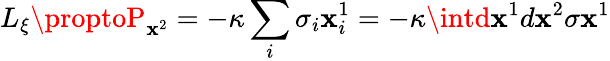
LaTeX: L_{\xi}\proptoP_{\mathbf{x}^{2}}=-\kappa\sum_{i}\sigma_{i}\mathbf{x}_{i}^{1}=-\kappa\intd\mathbf{x}^{1}d\mathbf{x}^{2}\sigma\mathbf{x}^{1}